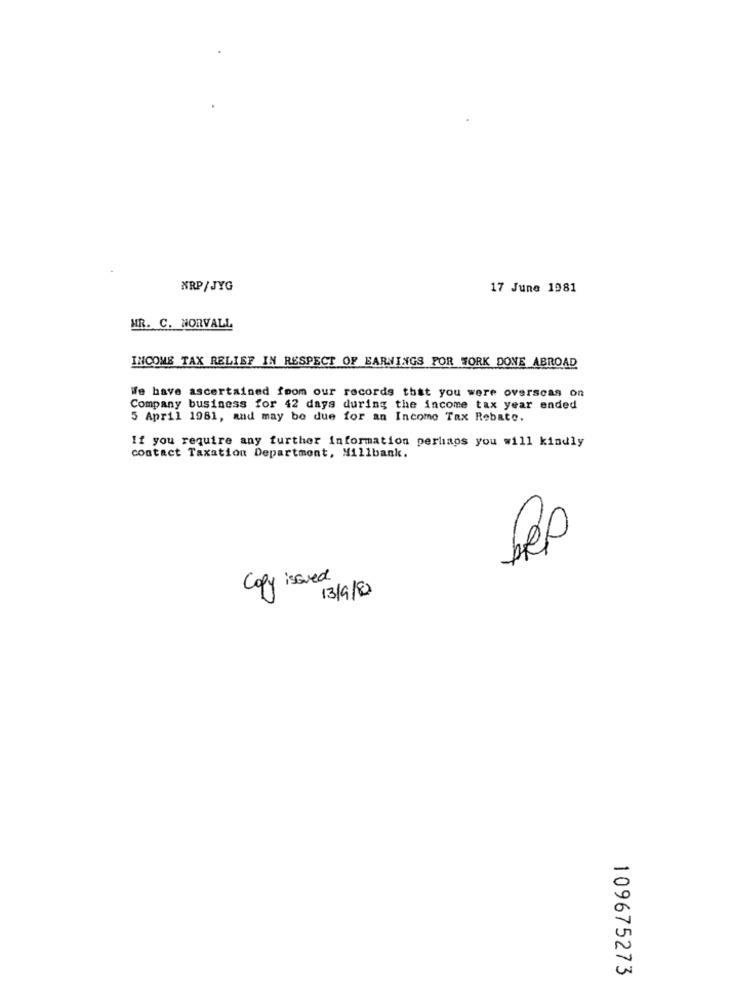
NRP/JYG
17 June 1981
HR. C. NONVALL
INCOME TAX RELIEF IN RESPECT OF EARNINGS FOR WORK DONE ABROAD
We have ascertained foom our records that you were overseas on
Company business for 42 days during the income tax year ended
5 April 1981, and may be due for an Income Tax Rebate.
If you require any further information perhaps you will kindly
contact Taxation Department, Millbank.
zo
Copy issued
13/9/82
109675273